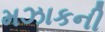
મઝાકની